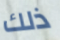
ذلك